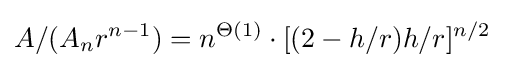
A/(A_{n}r^{n-1})=n^{\Theta (1)}\cdot [(2-h/r)h/r]^{n/2}